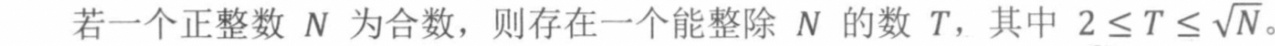
若一个正整数 $N$ 为合数，则存在一个能整除 $N$ 的数 $T$，其中 $2 \leq T \leq \sqrt{N}$。